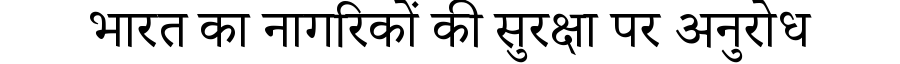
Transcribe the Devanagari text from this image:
भारत का नागरिकों की सुरक्षा पर अनुरोध